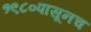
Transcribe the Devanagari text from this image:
१९८०पासूनच